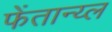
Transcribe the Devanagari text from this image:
फेंतान्य्ल